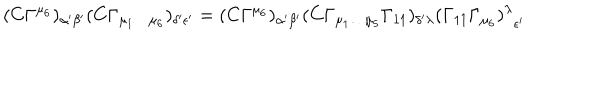
( C \Gamma ^ { \mu _ { 6 } } ) _ { \alpha { ' } \beta { ' } } ( C \Gamma _ { \mu _ { 1 } \dots \mu _ { 6 } } ) _ { \delta { ' } \epsilon { ' } } = ( C \Gamma ^ { \mu _ { 6 } } ) _ { \alpha { ' } \beta { ' } } ( C \Gamma _ { \mu _ { 1 } \dots \mu _ { 5 } } \Gamma _ { 1 1 } ) _ { \delta { ' } \lambda } { ( \Gamma _ { 1 1 } \Gamma _ { \mu _ { 6 } } ) ^ { \lambda } } _ { \epsilon { ' } }